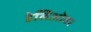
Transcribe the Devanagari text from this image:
हेलिओवर